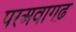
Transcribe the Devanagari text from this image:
परअवागढ़